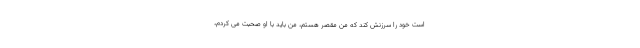
است خود را سرزنش کند که من مقصر هستم، من باید با او صحبت می کردم،